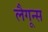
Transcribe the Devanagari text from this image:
लैगून्स